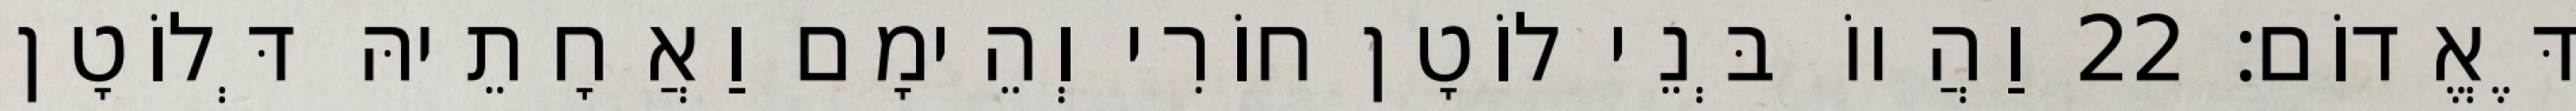
דֶּאֱדוֹם׃ 22 וַהֲווֹ בְּנֵי לוֹטָן חוֹרִי וְהֵימָם וַאֲחָתֵיהּ דְּלוֹטָן